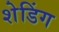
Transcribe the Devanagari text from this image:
शेडिंग